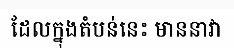
ដែលក្នុងតំបន់នេះ មាននាវា